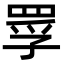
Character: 罦